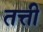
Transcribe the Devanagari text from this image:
तत्ती